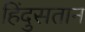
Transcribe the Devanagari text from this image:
हिंदुसतान